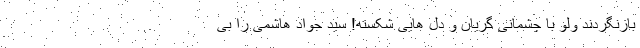
بازنگردند ولو با چشمانی گریان و دل هایی شکسته! سید جواد هاشمی را بی